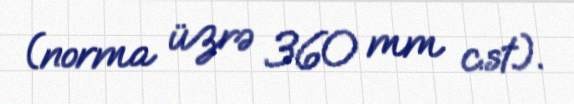
(norma üzrə 360 mm c.st.).